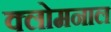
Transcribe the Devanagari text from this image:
क्लोमनाल